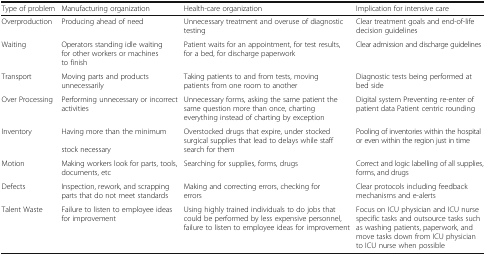
<table><thead><tr><td><b>Type of problem</b></td><td><b>Manufacturing organization</b></td><td><b>Health-care organization</b></td><td><b>Implication for intensive care</b></td></tr></thead><tbody><tr><td>Overproduction</td><td>Producing ahead of need</td><td>Unnecessary treatment and overuse of diagnostic testing</td><td>Clear treatment goals and end-of-life decision guidelines</td></tr><tr><td>Waiting</td><td>Operators standing idle waiting for other workers or machines to finish</td><td>Patient waits for an appointment, for test results, for a bed, for discharge paperwork</td><td>Clear admission and discharge guidelines</td></tr><tr><td>Transport</td><td>Moving parts and products unnecessarily</td><td>Taking patients to and from tests, moving patients from one room to another</td><td>Diagnostic tests being performed at bed side</td></tr><tr><td>Over Processing</td><td>Performing unnecessary or incorrect activities</td><td>Unnecessary forms, asking the same patient the same question more than once, charting everything instead of charting by exception</td><td>Digital system Preventing re-enter of patient data Patient centric rounding</td></tr><tr><td>Inventory</td><td>Having more than the minimum stock necessary</td><td>Overstocked drugs that expire, under stocked surgical supplies that lead to delays while staff search for them</td><td>Pooling of inventories within the hospital or even within the region just in time</td></tr><tr><td>Motion</td><td>Making workers look for parts, tools, documents, etc</td><td>Searching for supplies, forms, drugs</td><td>Correct and logic labelling of all supplies, forms, and drugs</td></tr><tr><td>Defects</td><td>Inspection, rework, and scrapping parts that do not meet standards</td><td>Making and correcting errors, checking for errors</td><td>Clear protocols including feedback mechanisms and e-alerts</td></tr><tr><td>Talent Waste</td><td>Failure to listen to employee ideas for improvement</td><td>Using highly trained individuals to do jobs that could be performed by less expensive personnel, failure to listen to employee ideas for improvement</td><td>Focus on ICU physician and ICU nurse specific tasks and outsource tasks such as washing patients, paperwork, and move tasks down from ICU physician to ICU nurse when possible</td></tr></tbody></table>